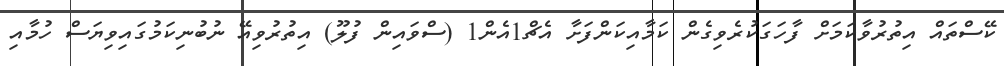
ކޭސްތައް އިތުރުވާކަމަށް ފާހަގަކުރެވިގެން ކަމާއިކަންފަށާ އެޗް1އެން1 (ސްވައިން ފުލޫ) އިތުރުވިއޭ ނުބުނިކަމުގައިވިޔަސް ހުމާއި